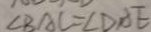
\angle B A C = \angle D A E